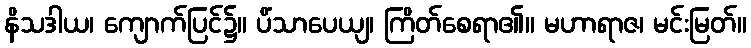
နိသဒါယ၊ ကျောက်ပြင်၌။ ပိံသာပေယျ၊ ကြိတ်စေရာ၏။ မဟာရာဇ၊ မင်းမြတ်။